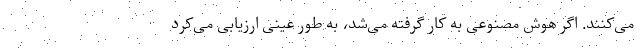
می‌کنند. اگر هوش مصنوعی به کار گرفته می‌شد، به طور عینی ارزیابی می‌کرد